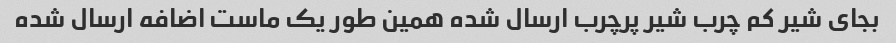
بجای شیر کم چرب شیر پرچرب ارسال شده همین طور یک ماست اضافه ارسال شده